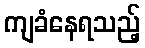
ကျခံနေရသည့်